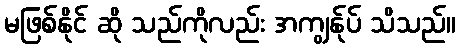
မဖြစ်နိုင် ဆို သည်ကိုလည်း အကျွန်ုပ် သိသည်။